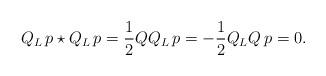
LaTeX: \begin{align*}Q_L \, p \star Q_L \, p=\frac{1}{2} Q Q_L\, p=-\frac{1}{2} Q_L Q \, p=0.\end{align*}